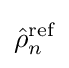
{\hat {\rho }}_{n}^{\text{ref}}